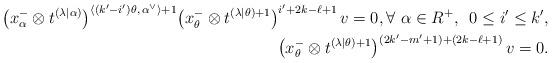
LaTeX: \begin{align*}\big(x^{-}_{\alpha}\otimes t^{(\lambda|\alpha)}\big)^{\langle (k^\prime-i^\prime)\theta,\, \alpha^{\vee} \rangle +1} \big(x^{-}_{\theta}\otimes t^{(\lambda|\theta)+1}\big)^{i^\prime+2k-\ell+1}\,v=0, \forall \,\,\alpha\in R^+,\,\,\, 0\leq i^\prime\leq k^\prime,\\\big(x_{\theta}^-\otimes t^{(\lambda|\theta)+1}\big)^{(2k^\prime-m^\prime+1)+(2k-\ell+1)}\,v=0.\end{align*}